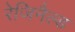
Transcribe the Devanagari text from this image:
रेजिनैल्ड